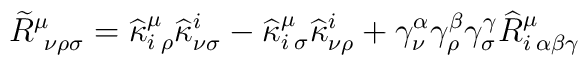
\widetilde{R}^{\mu}_{\:\: \nu \rho \sigma}=\widehat{\kappa}^{\mu}_{i\: \rho}\widehat{\kappa}^{i}_{\nu \sigma}-\widehat{\kappa}^{\mu}_{i\: \sigma}\widehat{\kappa}^{i}_{\nu \rho}+\gamma^{\alpha}_{\nu}\gamma^{\beta}_{\rho}\gamma^{\gamma}_{\sigma}\widehat{R}^{\mu}_{i\: \alpha \beta \gamma}